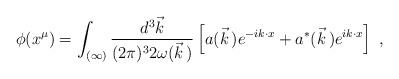
\begin{align*}\phi(x^\mu)=\int_{(\infty)}\frac{d^3\vec{k}}{(2\pi)^32\omega(\vec{k}\,)}\left[a(\vec{k}\,)e^{-ik\cdot x}+a^*(\vec{k}\,)e^{ik\cdot x}\right]\ ,\end{align*}